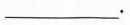
___.